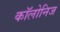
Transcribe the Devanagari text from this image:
कॉलोनिज